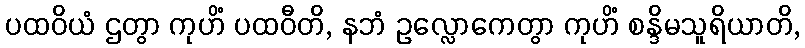
ပထဝိယံ ဌတွာ ကုဟိံ ပထဝီတိ, နဘံ ဥလ္လောကေတွာ ကုဟိံ စန္ဒိမသူရိယာတိ,